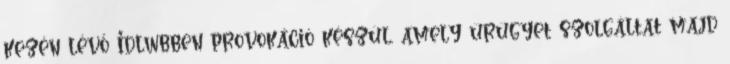
kezén lévő Idlwbben provokáció készül, amely ürügyet szolgáltat majd